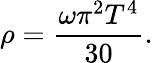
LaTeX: \rho=\frac{\omega\pi^{2}T^{4}}{30}.